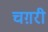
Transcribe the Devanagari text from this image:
चग़री